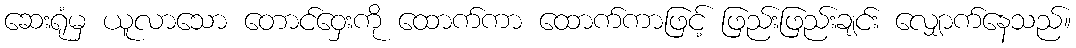
ဆေးရုံမှ ယူလာသော တောင်ဝှေးကို ထောက်ကာ ထောက်ကာဖြင့် ဖြည်းဖြည်းချင်း လျှောက်နေသည်။